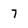
Character: 7